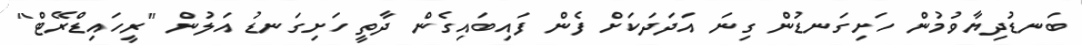
ބަނޑުދިޔާވުމުން ހަށިގަނޑުން ގިނަ އަދަދަކަށް ފެން ފައިބައިގެން ދާތީ ހަށިގަނޑު އަލުން "ރީހައިޑްރޭޓް"